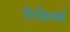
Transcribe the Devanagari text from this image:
रिसिवर्स